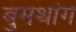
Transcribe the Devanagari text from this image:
बुमथांग